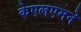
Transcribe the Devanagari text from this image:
केएलएमने